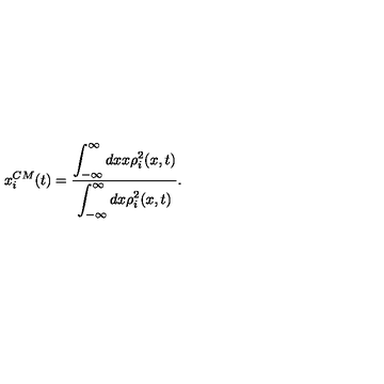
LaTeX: x _ { i } ^ { C M } ( t ) = \frac { \displaystyle { \int _ { - \infty } ^ { \infty } d x x \rho _ { i } ^ { 2 } ( x , t ) } } { \displaystyle { \int _ { - \infty } ^ { \infty } d x \rho _ { i } ^ { 2 } ( x , t ) } } .